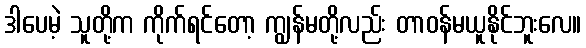
ဒါပေမဲ့ သူတို့က ကိုက်ရင်တော့ ကျွန်မတို့လည်း တာဝန်မယူနိုင်ဘူးလေ။